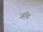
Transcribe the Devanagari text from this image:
जाॅच